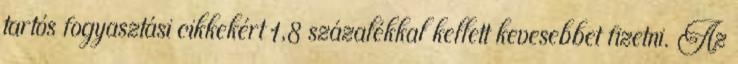
tartós fogyasztási cikkekért 1,8 százalékkal kellett kevesebbet fizetni. Az